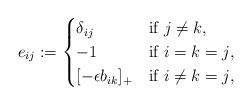
LaTeX: \begin{align*} e_{ij}:=\begin{cases} \delta_{ij} & \mbox{if $j \neq k$},\\ -1 & \mbox{if $i=k=j$},\\ [-\epsilon b_{ik}]_+ & \mbox{if $i\neq k=j$}, \end{cases}\end{align*}